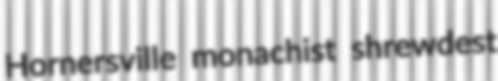
Hornersville monachist shrewdest